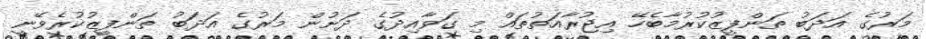
މަރުގެ އަދަބު ތަންފީޒުކުރުމާބެހޭ އިޖުރާއަތުތައް މި ގަވާއިދުގެ ދަށުން މަރުގެ އަދަބު ތަންފީޒުކުރެވޭނީ